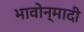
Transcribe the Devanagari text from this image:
भावोन्मादी